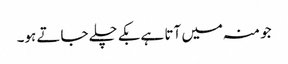
جو منہ میں آتا ہے بکے چلے جاتے ہو۔